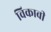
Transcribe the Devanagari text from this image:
विकावी